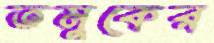
তমুকের